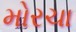
મોરચા